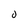
Character: 0